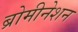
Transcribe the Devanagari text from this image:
ब्रोमीनेशन